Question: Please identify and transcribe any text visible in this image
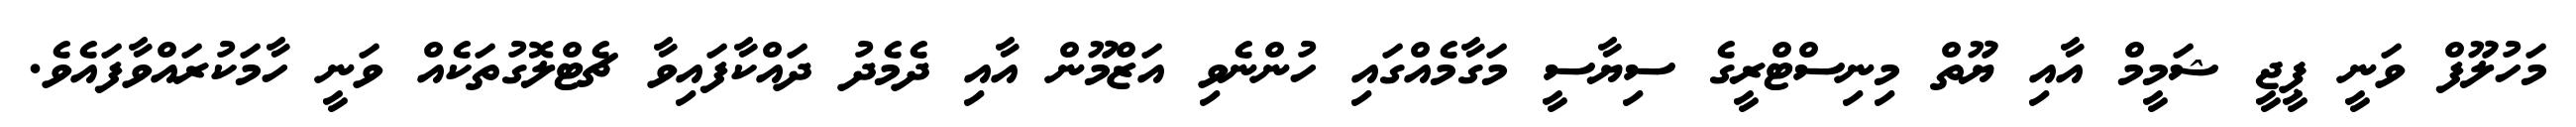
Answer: މަހުލޫފް ވަނީ ޕީޖީ ޝަމީމް އާއި ޔޫތް މިނިސްޓްރީގެ ސިޔާސީ މަގާމެއްގައި ހުންނެވި އަޒްމޫން އާއި ދެމެދު ދައްކާފައިވާ ޗެޓްލޮގުތަކެއް ވަނީ ހާމަކުރައްވާފައެވެ.